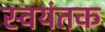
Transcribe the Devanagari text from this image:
स्‍वयंतक